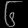
Digit: ၆